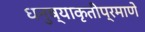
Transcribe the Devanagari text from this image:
धनुष्याकृतीप्रमाणे